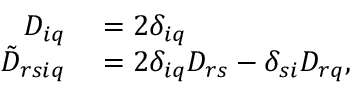
\begin{array} { r l } { D _ { i q } } & { { } = 2 \delta _ { i q } } \\ { \tilde { D } _ { r s i q } } & { { } = 2 \delta _ { i q } D _ { r s } - \delta _ { s i } D _ { r q } , } \end{array}